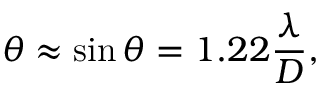
\theta \approx \sin \theta = 1 . 2 2 { \frac { \lambda } { D } } ,